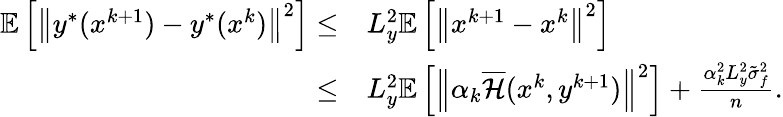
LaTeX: \begin{array}{rl}{\mathbb{E}\left[\left\| y^{*}(x^{k+1})-y^{*}(x^{k})\right\| ^{2}\right]\leq}&{L_{y}^{2}\mathbb{E}\left[\left\| x^{k+1}-x^{k}\right\| ^{2}\right]}\\ {\leq}&{L_{y}^{2}\mathbb{E}\left[\left\| \alpha_{k}\overline{{\mathcal{H}}}(x^{k},y^{k+1})\right\| ^{2}\right]+\frac{\alpha_{k}^{2}L_{y}^{2}\tilde{\sigma}_{f}^{2}}{n}.}\end{array}